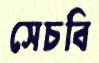
সেচবি